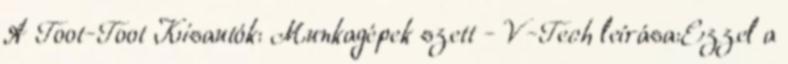
A Toot-Toot Kisautók: Munkagépek szett - V-Tech leírása:Ezzel a